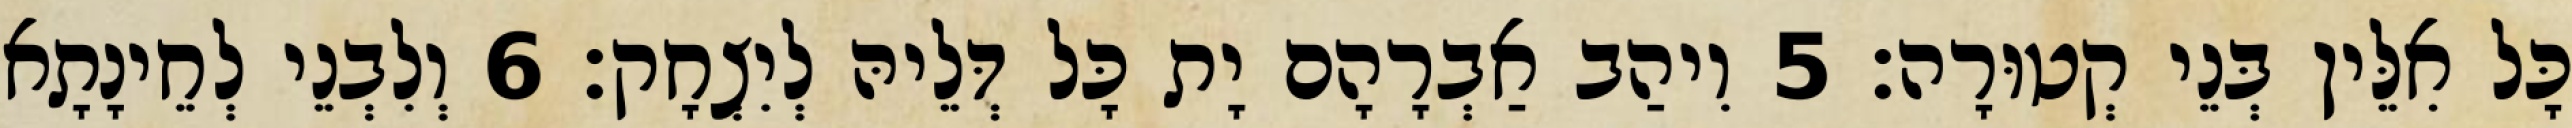
כָּל אִלֵּין בְּנֵי קְטוּרָה׃ 5 וִיהַב אַבְרָהָם יָת כָּל דְּלֵיהּ לְיִצְחָק׃ 6 וְלִבְנֵי לְחֵינָתָא